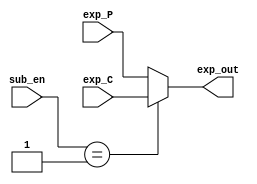
module mux (exp_P, exp_C, sub_en, exp_out);

    input [7:0] exp_P, exp_C;
    input [1:0] sub_en;
    output reg [7:0] exp_out;

    always @(sub_en or exp_P or exp_C) 
    begin
        case(sub_en)
            2'b00: exp_out = exp_P;
            2'b01: exp_out = exp_C;
            default: exp_out = exp_P;
        endcase
    end

endmodule